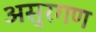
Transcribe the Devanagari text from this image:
असुरगण